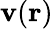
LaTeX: \mathbf{v}(\mathbf{{r}})